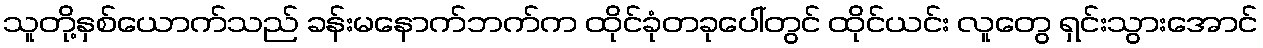
သူတို့နှစ်ယောက်သည် ခန်းမနောက်ဘက်က ထိုင်ခုံတခုပေါ်တွင် ထိုင်ယင်း လူတွေ ရှင်းသွားအောင်